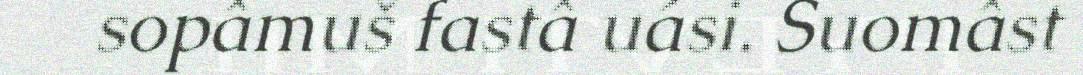
sopâmuš fastâ uási. Suomâst